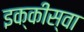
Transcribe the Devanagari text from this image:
इक्कीस्वा